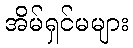
အိမ်ရှင်မများ